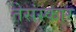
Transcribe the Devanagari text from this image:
तेसंस्कार